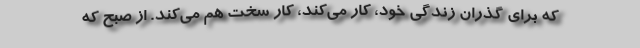
که برای گذران زندگی خود، کار می‌کند، کار سخت هم می‌کند. از صبح که